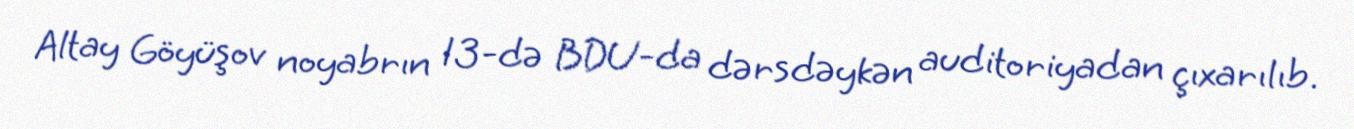
Altay Göyüşov noyabrın 13-də BDU-da dərsdəykən auditoriyadan çıxarılıb.